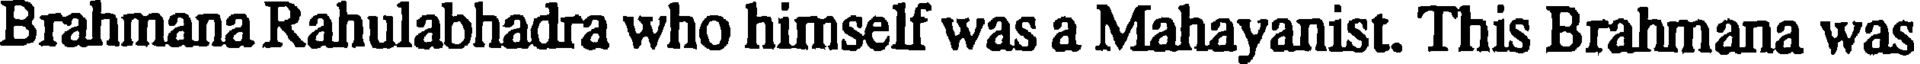
Brahmana Rahulabhadra who himself was a Mahayanist. This Brahmana was